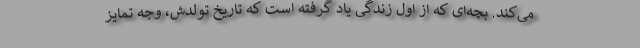
می‌کند. بچه‌ای که از اول زندگی یاد گرفته است که تاریخ تولدش، وجه تمایز